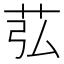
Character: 苰